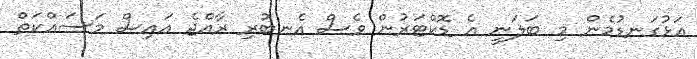
އަޅުގަނޑުމެން މި ބަލަނީ އެ ޑޮކްޓަރުން ވެސް އެނބުރި ރާއްޖެ އައިސް މަސައްކަތް